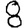
Digit: 8